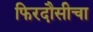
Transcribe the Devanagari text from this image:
फिरदौसीचा